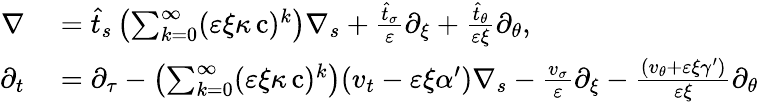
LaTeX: \begin{array}{rl}{\nabla}&{{}=\widehat{t}_{s}\left(\sum_{k=0}^{\infty}(\varepsilon\xi\kappa\operatorname{c})^{k}\right)\nabla_{s}+\frac{\hat{t}_{\sigma}}{\varepsilon}\partial_{\xi}+\frac{\hat{t}_{\theta}}{\varepsilon\xi}\partial_{\theta},}\\ {\partial_{t}}&{{}=\partial_{\tau}-\left(\sum_{k=0}^{\infty}(\varepsilon\xi\kappa\operatorname{c})^{k}\right){\left(v_{t}-\varepsilon\xi\alpha^{\prime}\right)}\nabla_{s}-\frac{v_{\sigma}}{\varepsilon}\partial_{\xi}-\frac{\left(v_{\theta}+\varepsilon\xi\gamma^{\prime}\right)}{\varepsilon\xi}\partial_{\theta}}\end{array}